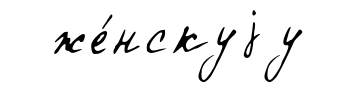
же́нскуjу